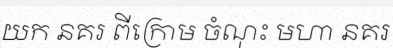
យក នគរ ពីក្រោម ចំណុះ មហា នគរ